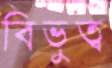
বিভুত্ব